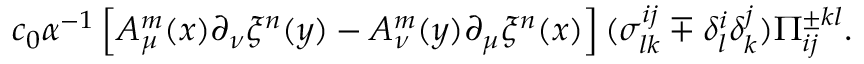
c _ { 0 } \alpha ^ { - 1 } \left[ A _ { \mu } ^ { m } ( x ) \partial _ { \nu } \xi ^ { n } ( y ) - A _ { \nu } ^ { m } ( y ) \partial _ { \mu } \xi ^ { n } ( x ) \right] ( \sigma _ { l k } ^ { i j } \mp \delta _ { l } ^ { i } \delta _ { k } ^ { j } ) \Pi _ { i j } ^ { \pm k l } .